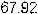
67.92